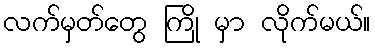
လက်မှတ်တွေ ကြို မှာ လိုက်မယ်။